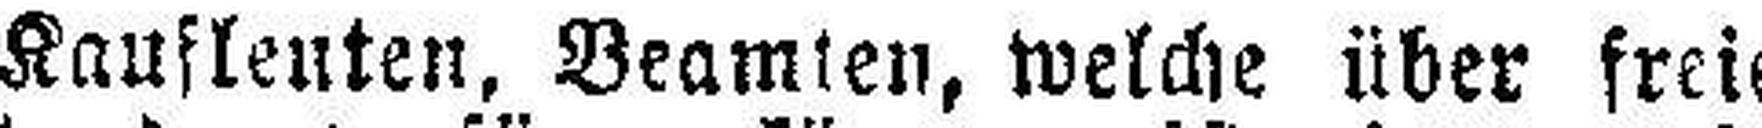
Kaufleuten, Beamten, welche über freie